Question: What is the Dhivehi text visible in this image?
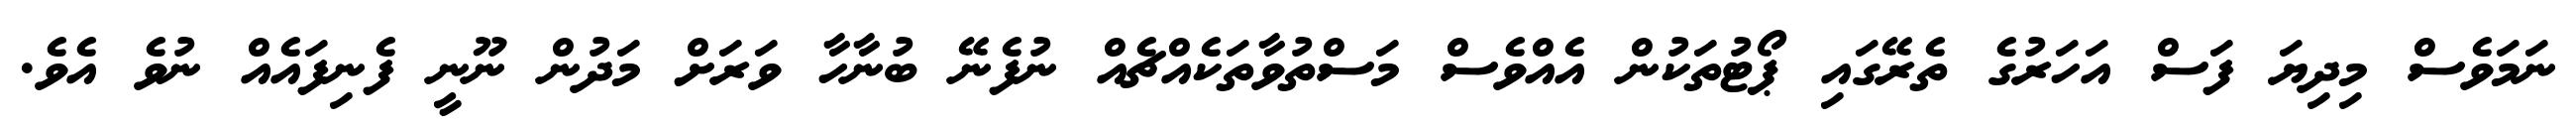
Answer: ނަމަވެސް މިދިޔަ ފަސް އަހަރުގެ ތެރޭގައި ޕޯޓުތަކުން އެއްވެސް މަސްތުވާތަކެއްޗެއް ނުފެނޭ ބުނާހާ ވަރަށް މަދުން ނޫނީ ފެނިފައެއް ނުވެ އެވެ.